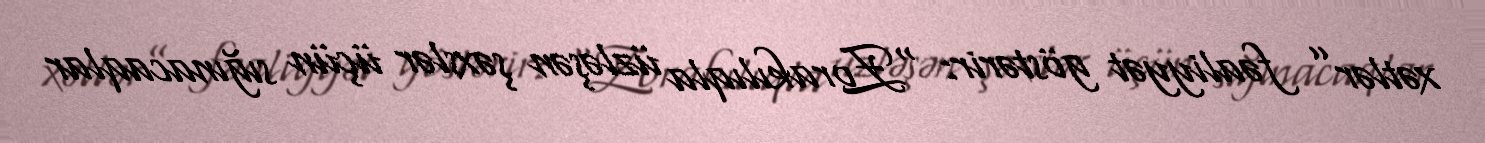
xətlər” fəaliyyət göstərir: “Zorakılıqla üzləşən şəxslər üçün sığınacaqlar